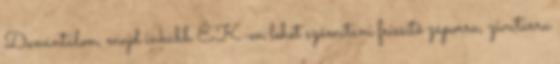
Dunántúlon, majd inkább ÉK-en lehet számítani frissítő záporra, zivatarra